Indian journal of veterinary science and animal husbandry - Volume 7,
Year: 1937
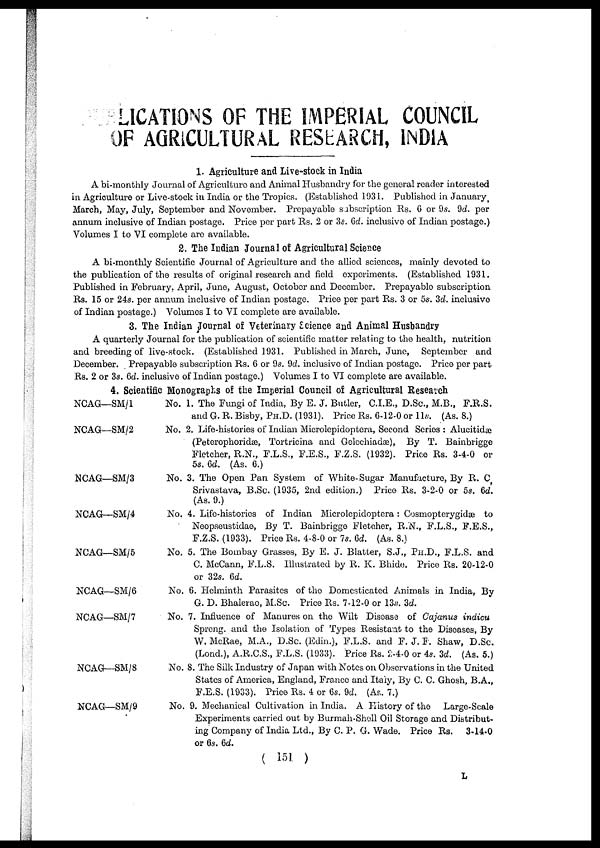
LICATIONS OF THE IMPERIAL COUNCIL
OF AGRICULTURAL RESEARCH, INDIA
1. Agriculture and Live-stock in India
A bi-monthly Journal of Agriculture and Animal Husbandry for the general reader interested
in Agriculture or Live-stock in India or the Tropics. (Established 1931. Published in January,
March, May, July, September and November. Prepayable subscription Rs. 6 or 9s. 9d. per
annum inclusive of Indian postage. Price per part Rs. 2 or 3s. 6d. inclusive of Indian postage.)
Volumes I to VI complete are available.
2. The Indian Journal of Agricultural Science
A bi-monthly Scientific Journal of Agriculture and the allied sciences, mainly devoted to
the publication of the results of original research and field experiments. (Established 1931.
Published in February, April, June, August, October and December. Prepayable subscription
Rs. 15 or 24s. per annum inclusive of Indian postage. Price per part Rs. 3 or 5s. 3d. inclusive
of Indian postage.) Volumes I to VI complete are available.
3. The Indian Journal of Veterinary Science and Animal Husbandry
A quarterly Journal for the publication of scientific matter relating to the health, nutrition
and breeding of live-stock. (Established 1931. Published in March, June, September and
December. Prepayable subscription Rs. 6 or 9s. 9d. inclusive of Indian postage. Price per part
Rs. 2 or 3s. 6d. inclusive of Indian postage.) Volumes I to VI complete are available.
4. Scientific Monographs of the Imperial Council of Agricultural Research
NCAG—SM/1
NCAG—SM/2
NCAG—SM/3
NCAG—SM/4
NCAG—SM/5
NCAG—SM/6
NCAG—SM/7
NCAG—SM/8
NCAG—SM/9
No. 1. The Fungi of India, By E. J. Butler, C.I.E., D.Sc., M.B., F.R.S.
and G. R. Bisby, PH.D. (1931). Price Rs. 6-12-0 or 11s. (As. 8.)
No. 2. Life-histories of Indian Microlepidoptera, Second Series : Alucitidæ
(Peterophoridæ, Tortricina and Gelechiadæ), By T. Bainbrigge
Fletcher, R.N., F.L.S., F.E.S., F.Z.S. (1932). Price Rs. 3-4-0 or
5s. 6d. (As. 6.)
No. 3. The Open Pan System of White-Sugar Manufacture, By R. C,
Srivastava, B.Sc. (1935, 2nd edition.) Price Rs. 3-2-0 or 5s. 6d.
(As. 9.)
No. 4. Life-histories of Indian Microlepidoptera: Cosmopterygidæ to
Neopseustidae, By T. Bainbrigge Fletcher, R.N., F.L.S., F.E.S.,
F.Z.S. (1933). Price Rs. 4-8-0 or 7s. 6d. (As. 8.)
No. 5. The Bombay Grasses, By E. J. Blatter, S.J., PH.D., F.L.S. and
C. McCann, F.L.S. Illustrated by R. K. Bhide. Price Rs. 20-12-0
or 32s. 6d.
No. 6. Helminth Parasites of the Domesticated Animals in India, By
G. D. Bhalerao, M.Sc. Price Rs. 7-12-0 or 13s. 3d.
No. 7. Influence of Manures on the Wilt Disease of Cajanus indicu
Spreng. and the Isolation of Types Resistant to the Diseases, By
W. McRae, M.A., D.Sc. (Edin.), F.L.S. and F. J. F. Shaw, D.Sc.
(Lond.), A.R.C.S., F.L.S. (1933). Price Rs. 2-4-0 or 4s. 3d. (As. 5.)
No. 8. The Silk Industry of Japan with Notes on Observations in the United
States of America, England, France and Italy, By C. C. Ghosh, B.A.,
F.E.S. (1933). Price Rs. 4 or 6s. 9d. (As. 7.)
No. 9. Mechanical Cultivation in India. A History of the Large-Scale
Experiments carried out by Burmah-Shell Oil Storage and Distribut-
ing Company of India Ltd., By C. P. G. Wade. Price Rs. 3-14-0
or 6s. 6d.
( 151 )
L